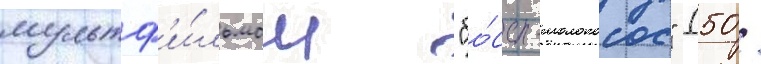
мультф'и́льмом "бо́сс-молокосос" (50 /